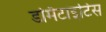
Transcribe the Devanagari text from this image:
डर्मिटाइटिस